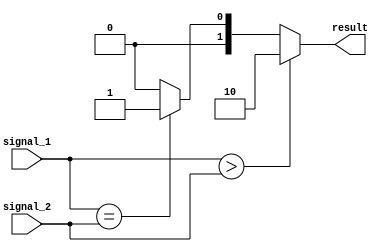
module comparator(
    input wire [7:0] signal_1,
    input wire [7:0] signal_2,
    output reg [1:0] result
);

always @(*)
begin
    if(signal_1 > signal_2)
        result <= 2'b10; // greater than
    else if(signal_1 == signal_2)
        result <= 2'b01; // equal to
    else
        result <= 2'b00; // less than
end

endmodule